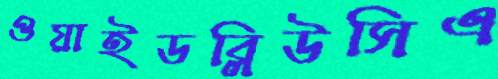
ওয়াইডব্লিউসিএ